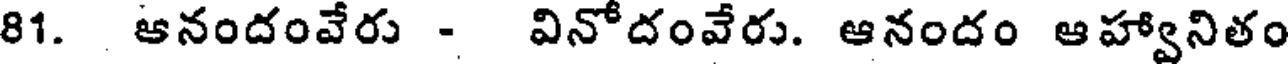
81. ఆనందంవేరు - వినోదంవేరు. ఆనందం ఆహ్వానితం